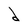
Character: d